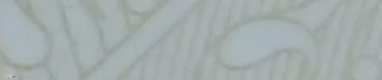
SUPER MART